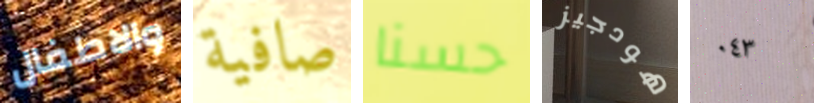
والاطفال صافية حسنا هودجيز ٠٤٣